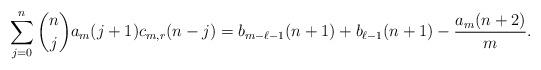
LaTeX: \begin{align*} \sum_{j=0}^{n}\binom{n}{j}a_m(j+1)c_{m,r}(n-j)=b_{m-\ell-1}(n+1)+ b_{\ell-1}(n+1) - \frac{a_m(n+2)}{m}.\end{align*}